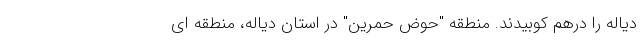
دیاله را درهم کوبیدند. منطقه "حوض حمرین" در استان دیاله، منطقه ای